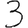
Digit: 3